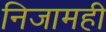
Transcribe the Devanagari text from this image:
निजामही